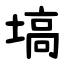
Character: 塙